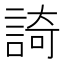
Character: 䛴